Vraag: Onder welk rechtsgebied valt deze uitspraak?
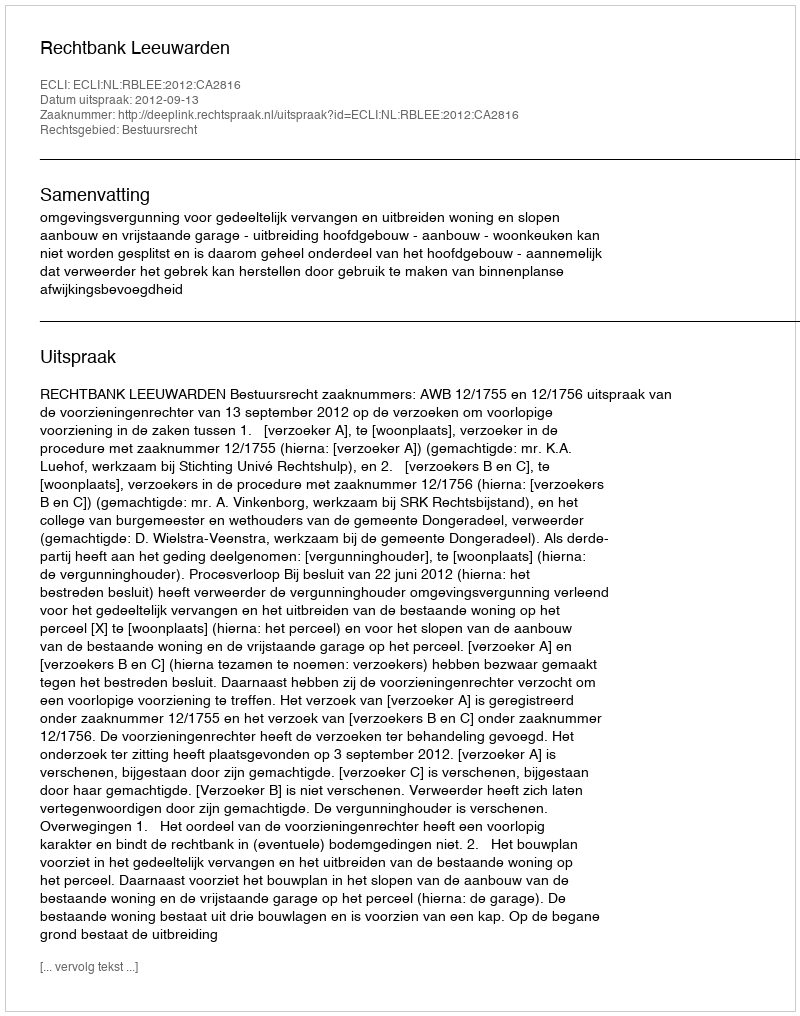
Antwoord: Bestuursrecht